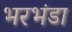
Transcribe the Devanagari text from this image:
भरभंडा